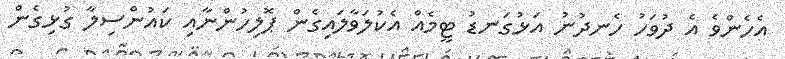
އެހެންވެ އެ ދުވަހު ހެނދުނު އަޅުގަނޑު ޓީމެއް އެކުލަވާލައިގެން ޕޮލިހުންނާއި ކައުންސިލާ ގުޅިގެން